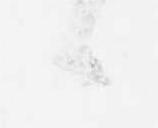
候